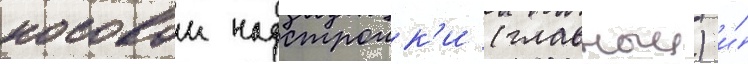
носовои надстроик'и (главныи) и́